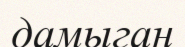
дамыган